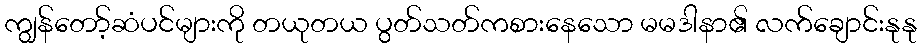
ကျွန်တော့်ဆံပင်များကို တယုတယ ပွတ်သတ်ကစားနေသော မမဒါနာ၏ လက်ချောင်းနုနု